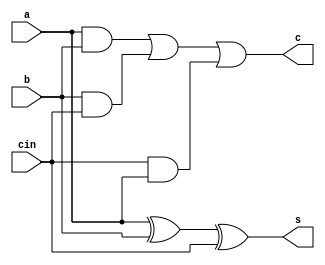
`timescale 1ns/1ps
module FA_st_1(s,c,a,b,cin);
    input a,b,cin;
    output s,c;

    wire N1,N2,N3,N4;
    
    xor xor1(N1,a,b);
    xor xor2(s,N1,cin);
    and and1(N2,a,b);
    and and2(N3,b,cin);
    and and3(N4,cin,a);
    or   or1(c,N2,N3,N4);

endmodule